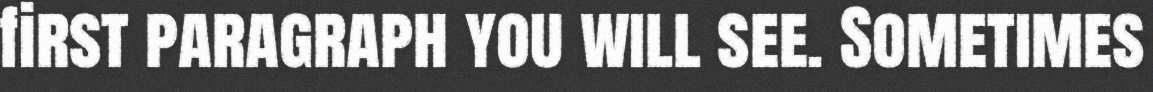
first paragraph you will see. Sometimes